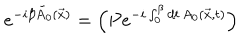
e ^ { - i \beta \tilde { A } _ { 0 } ( \vec { x } ) } = \left( P e ^ { - i \int _ { 0 } ^ { \beta } d t \, A _ { 0 } ( \vec { x } , t ) } \right)